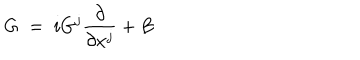
G \; = \; i G ^ { j } \frac { \partial } { \partial x ^ { j } } + B